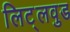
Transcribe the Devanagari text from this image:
लिट्लवुड